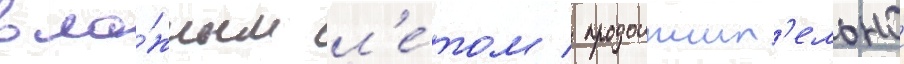
вла́жным л'е́том / продолжит'ельнои